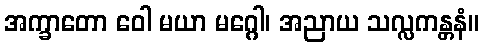
အက္ခာတော ဝေါ မယာ မဂ္ဂေါ၊ အညာယ သလ္လကန္တနံ။